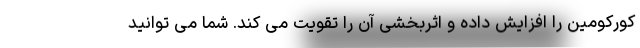
کورکومین را افزایش داده و اثربخشی آن را تقویت می کند. شما می توانید